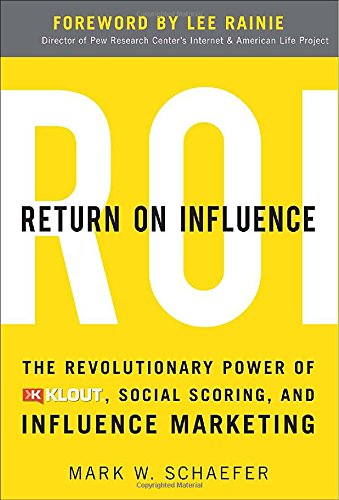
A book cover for Return On Influence: The Revolutionary Power of Klout, Social Scoring, and Influence Marketing; Mark Schaefer; Computers & Technology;